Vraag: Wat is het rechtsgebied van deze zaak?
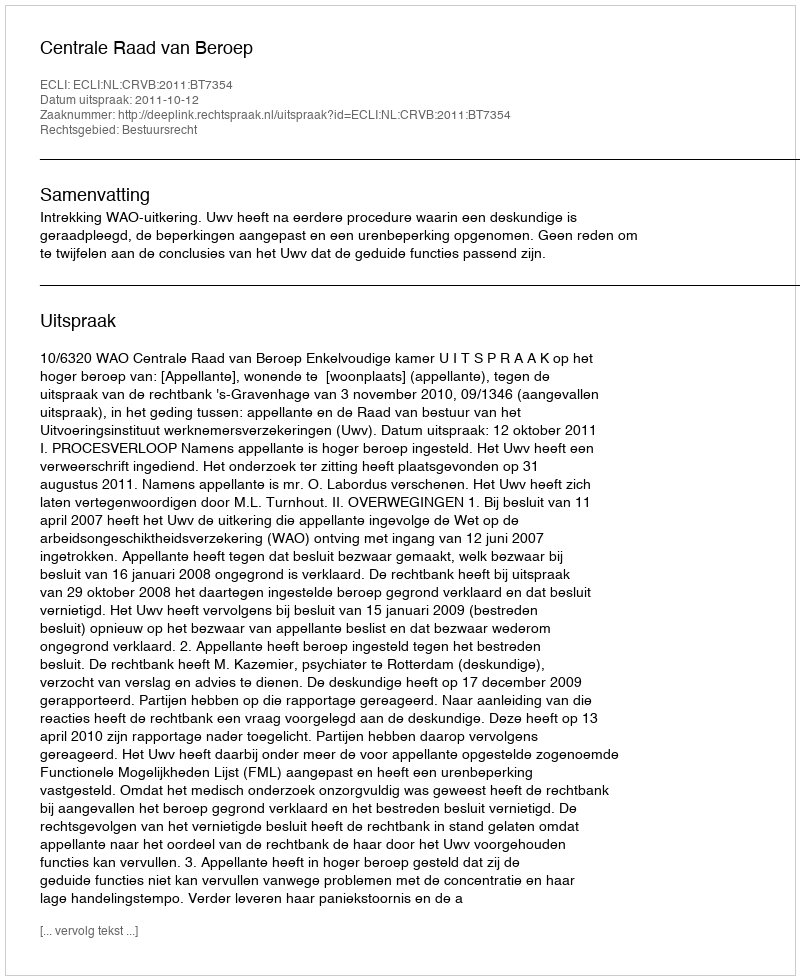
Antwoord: Bestuursrecht